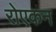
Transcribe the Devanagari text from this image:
रोएकन